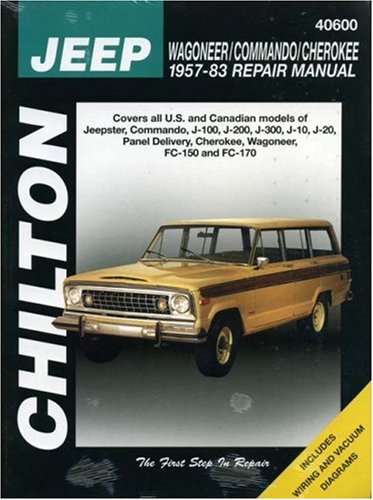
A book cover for Jeep Wagoner, Commando, and Cherokee, 1957-83 (Chilton Total Car Care Series Manuals); Chilton; Engineering & Transportation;